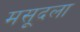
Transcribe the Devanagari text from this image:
मसूदला